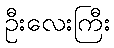
ဦးလေးကြီး